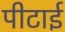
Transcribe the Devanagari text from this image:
पीटाई